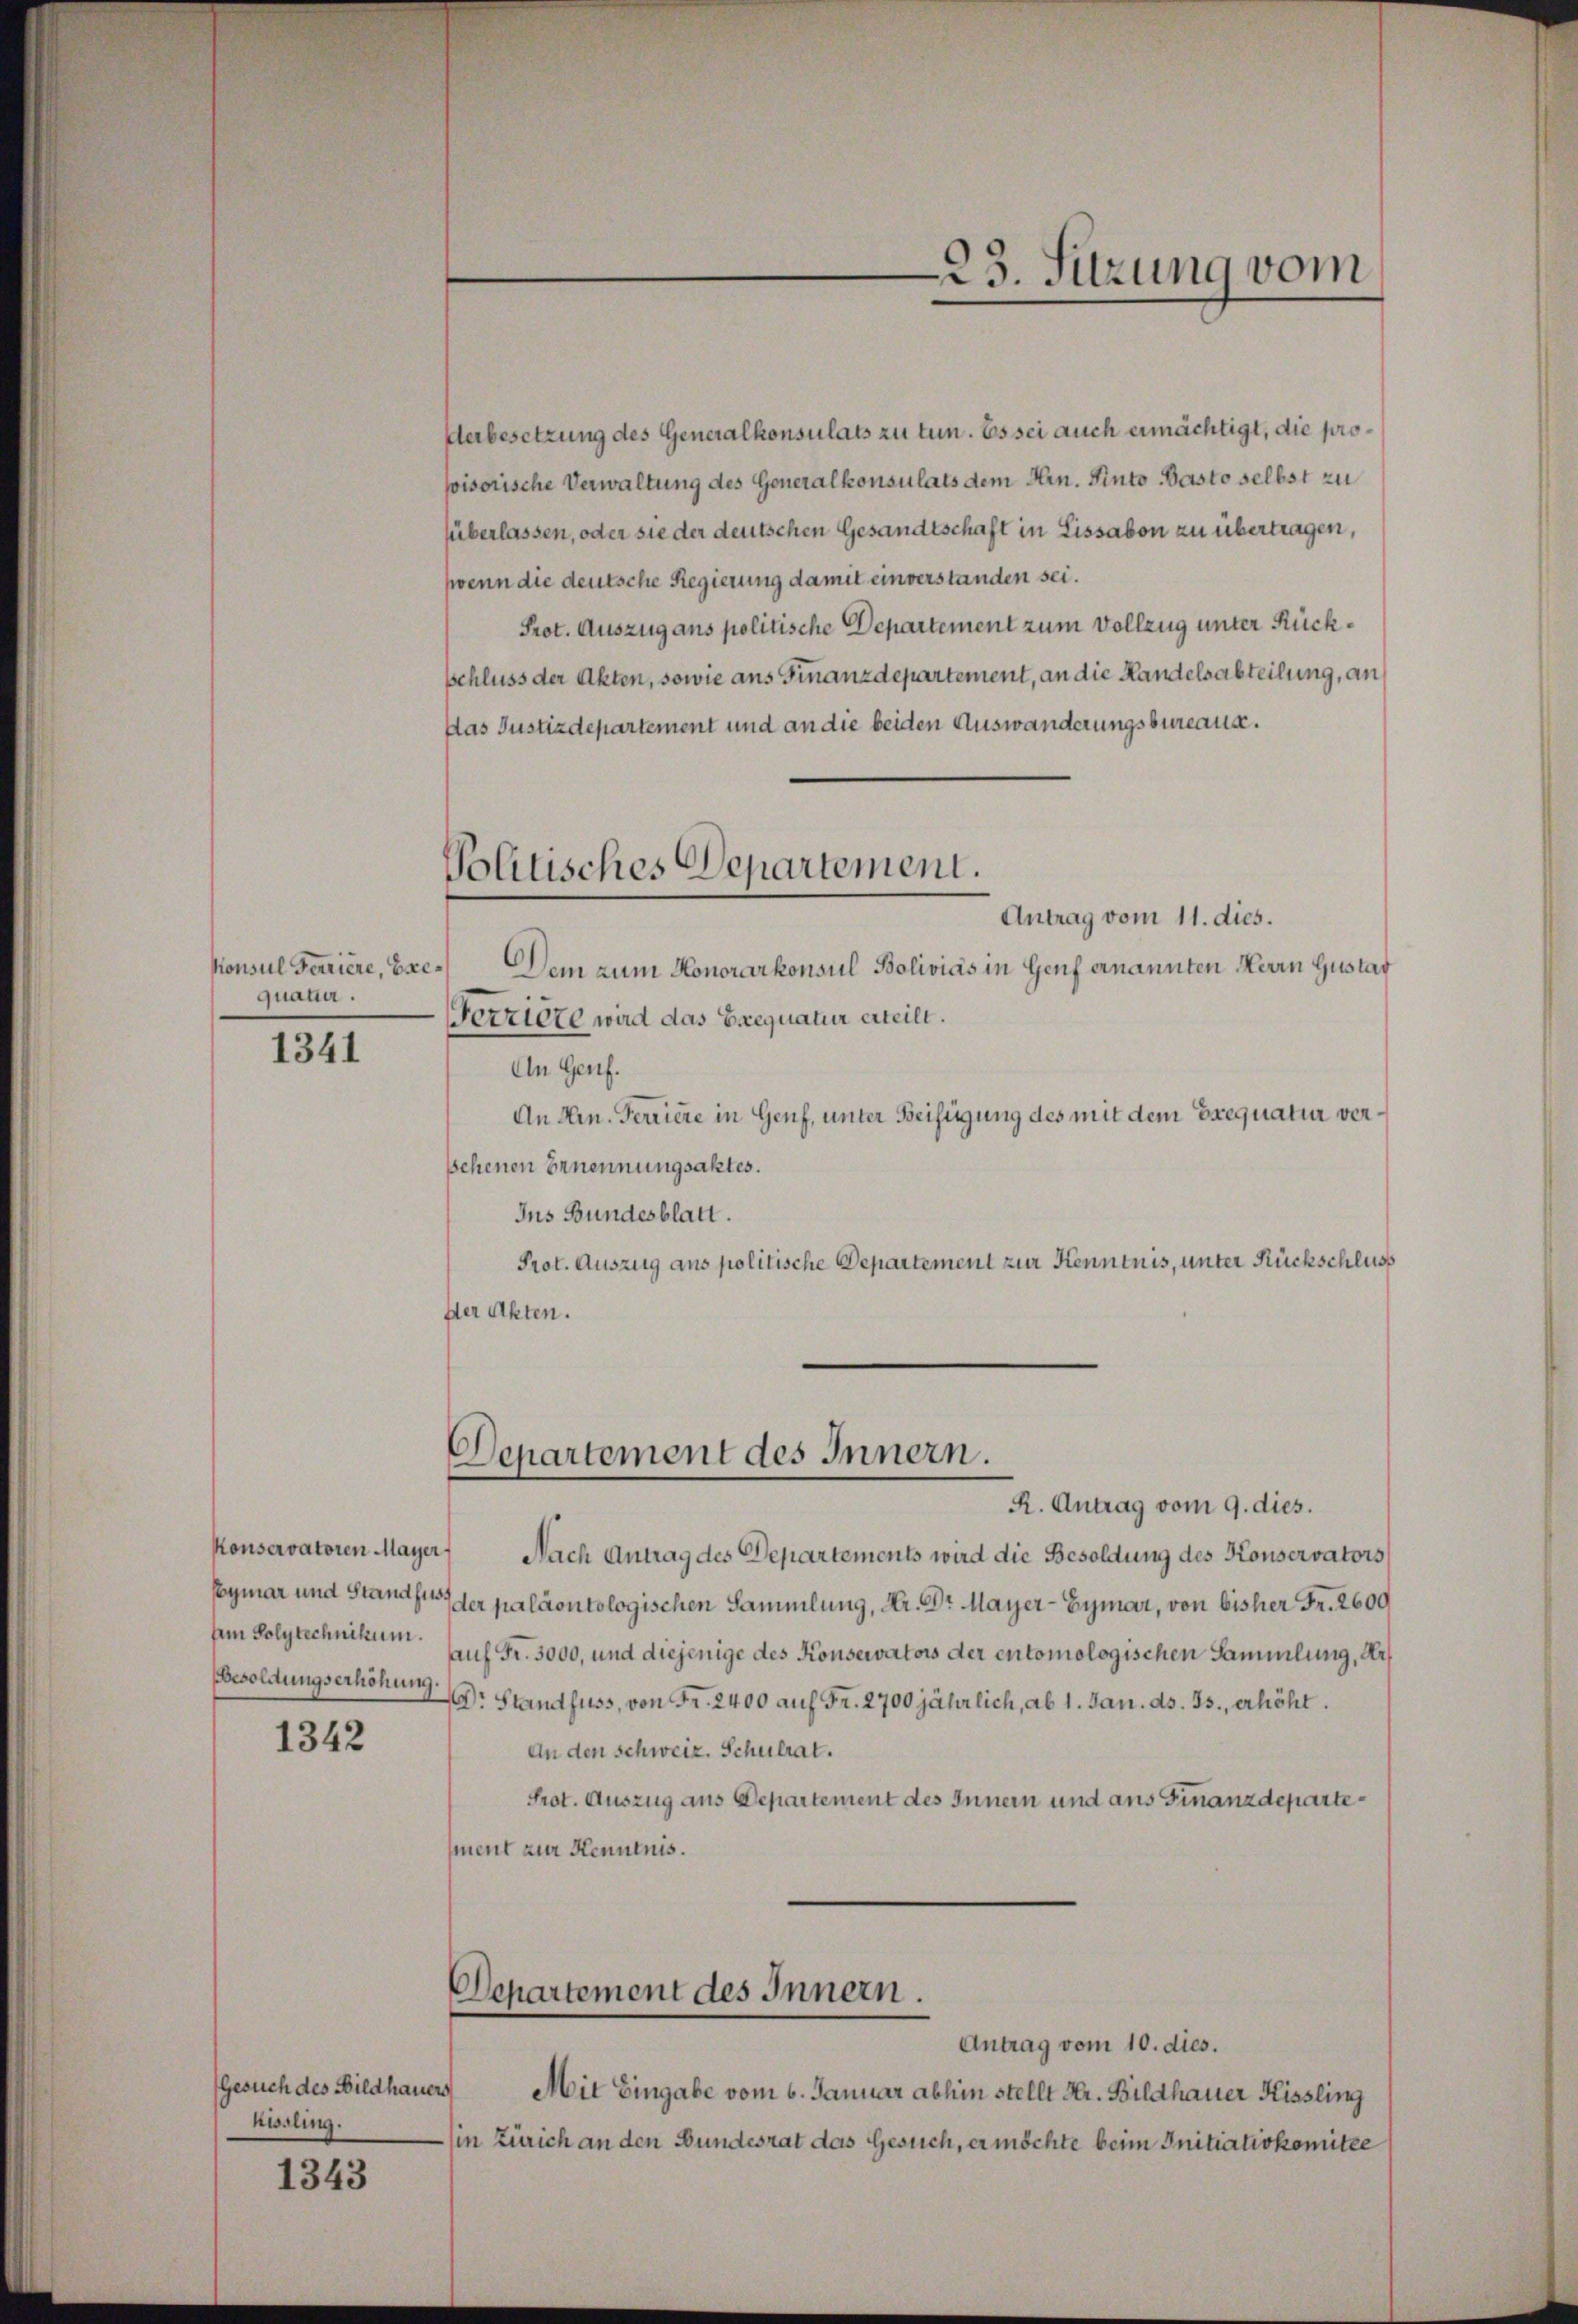
Konsul Feriere, Exequatur.

1341

Konservatoren Mayer

1342

Gesuch des Bildhauers
hissling.

1343

Politisches Departement.
Antrag vom 11. dies.

Verbesetzung des Generalkonsulats zu tun. Es sei auch ermächtigt, die propisorische Verwaltung des Generalkonsulats dem Hrn. Auto Pasto selbst zu
süberlassen, oder sie der deutschen Gesandtschaft in Lissabon zu übertragen,
(wenn die deutsche Regierung damit einverstanden sei.
Prot. Auszug ans politische Departement zum Vollzug unter Rückschluss der Akten, sowie aus Finanzdepartement, an die Handelsabteilung, an
Das Justizdepartement und an die beiden Auswanderungsbureaux.
Dem zum Honorarkonsul Bolivias in Genf ernannten Herrn Gustav
Ferziele wird das Exequatur erteilt.
An Genf.
An Hrn. Ferriere in Genf, unter Beifügung des mit dem Exequatur versehenen Benennungsaktes.
Ins Bundesblatt.
Prot. Auszug aus politische Departement zur Kenntnis, unter Rückschluss
der Akten.
Departement des Innern.
R. Antrag vom 9. dies.
Nach Antrag des Departements wird die Besoldung des Konservators
Aymar und Stands der paläontologischen Sammlung, Dr. Dr. Mayer-Eymar, von bisher Fr. 2600
dem Polytechnikum. Auf Fr. 3000, und diejenige des Konservators der entomologischen Sammlung, Ar¬
Besoldungserhöhung Dr. Standfuss, von Fr. 2400 auf Fr. 2700 jährlich, ab 1. Jan. ds. 35., erhöht.
An den Schweiz. Schulrat.
Prot. Auszug aus Departement des Innern und aus Finanzdepartement zur Kenntnis.

Departement des Innern.

Antrag vom 10. dies.
Mit Eingabe vom 6. Januar abhin stellt Hr. Bildhauer Hissling
(in Zürich an den Bundesrat das Gesuch, er möchte beim Initiativkomitee

23. Sitzung vom